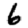
Digit: 6